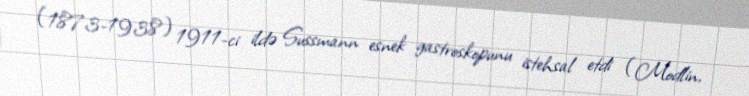
(1873-1938) 1911-ci ildə Sussmann esnek gastroskopunu istehsal etdi (Modlin,